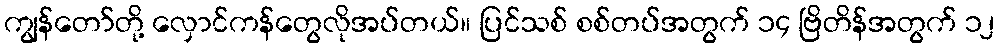
ကျွန်တော်တို့ လှောင်ကန်တွေလိုအပ်တယ်။ ပြင်သစ် စစ်တပ်အတွက် ၁၄ ဗြိတိန်အတွက် ၁၂